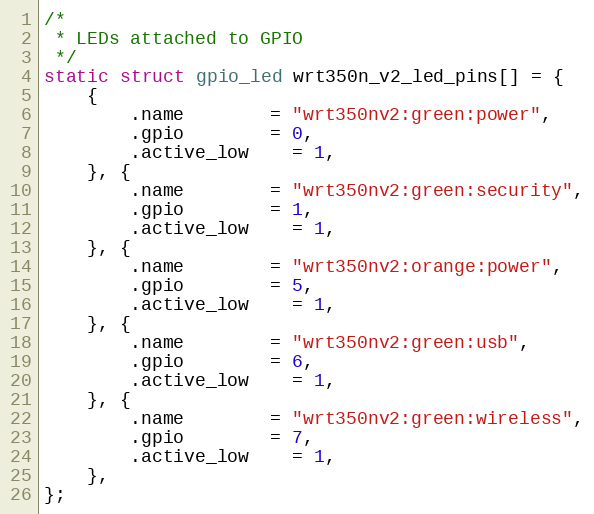
Language: C
/*
 * LEDs attached to GPIO
 */
static struct gpio_led wrt350n_v2_led_pins[] = {
	{
		.name		= "wrt350nv2:green:power",
		.gpio		= 0,
		.active_low	= 1,
	}, {
		.name		= "wrt350nv2:green:security",
		.gpio		= 1,
		.active_low	= 1,
	}, {
		.name		= "wrt350nv2:orange:power",
		.gpio		= 5,
		.active_low	= 1,
	}, {
		.name		= "wrt350nv2:green:usb",
		.gpio		= 6,
		.active_low	= 1,
	}, {
		.name		= "wrt350nv2:green:wireless",
		.gpio		= 7,
		.active_low	= 1,
	},
};